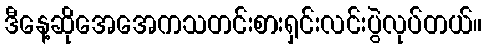
ဒီနေ့ဆိုအေအေကသတင်းစားရှင်းလင်းပွဲလုပ်တယ်။